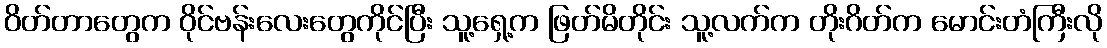
ဝိတ်တာတွေက ဝိုင်ဗန်းလေးတွေကိုင်ပြီး သူ့ရှေ့က ဖြတ်မိတိုင်း သူ့လက်က တိုးဂိတ်က မောင်းတံကြီးလို